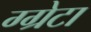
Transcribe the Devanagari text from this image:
ग्ग्रेटा